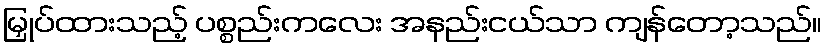
မြှုပ်ထားသည့် ပစ္စည်းကလေး အနည်းငယ်သာ ကျန်တော့သည်။